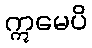
ဣမေပိ